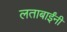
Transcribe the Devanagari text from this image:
लताबाईंनी